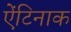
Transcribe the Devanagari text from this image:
ऐंटिनाक